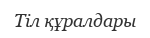
Тіл құралдары